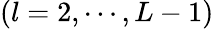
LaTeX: (l=2,\cdots,L-1)